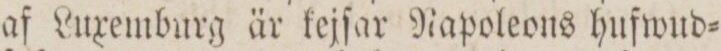
af Luxemburg är kejſar Rapoleons hufwud=